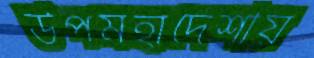
উপমহাদেশীয়